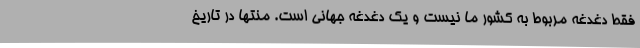
فقط دغدغه مربوط به کشور ما نیست و یک دغدغه جهانی است. منتها در تاریخ